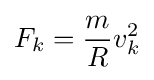
F_{k}={\frac {m}{R}}v_{k}^{2}